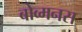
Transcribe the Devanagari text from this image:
बोव्मनस